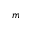
m